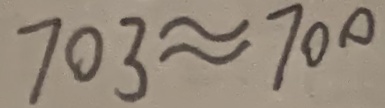
7 0 3 \approx 7 0 0